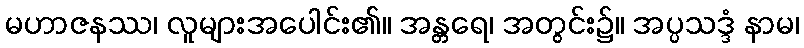
မဟာဇနဿ၊ လူများအပေါင်း၏။ အန္တရေ၊ အတွင်း၌။ အပ္ပသဒ္ဒံ နာမ၊